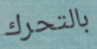
بالتحرك